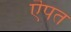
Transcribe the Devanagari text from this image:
ऎपत